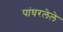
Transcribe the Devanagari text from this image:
पांघरलेले